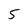
Character: 5